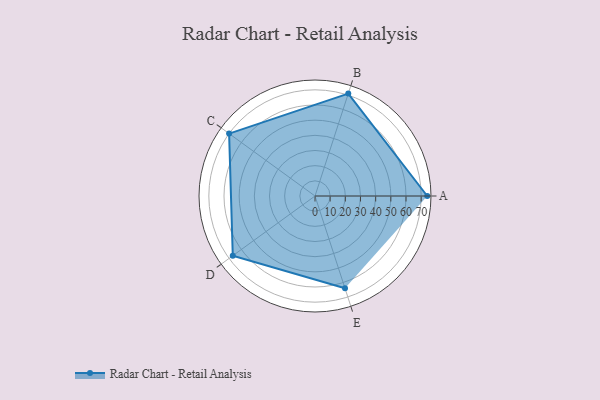
{"axis": {"x": "Skill", "y": "Score"}, "legend": ["Profile"], "data": [{"x": "A", "y": 74.0, "type": "Profile"}, {"x": "B", "y": 71.0, "type": "Profile"}, {"x": "C", "y": 70.0, "type": "Profile"}, {"x": "D", "y": 67.0, "type": "Profile"}, {"x": "E", "y": 64.0, "type": "Profile"}]}